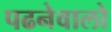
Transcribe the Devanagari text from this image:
पढनेवालो